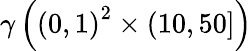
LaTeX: \gamma\left(\left(0,1\right)^{2}\times\left(10,50\right]\right)